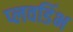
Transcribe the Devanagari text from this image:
प्लवडिंभ